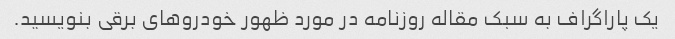
یک پاراگراف به سبک مقاله روزنامه در مورد ظهور خودروهای برقی بنویسید.